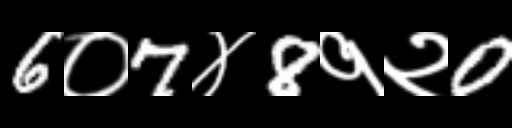
Text: 6०7४8१२0